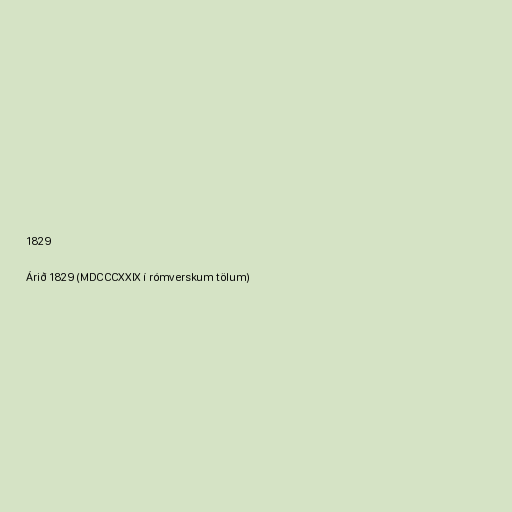
1829

Árið 1829 (MDCCCXXIX í rómverskum tölum)